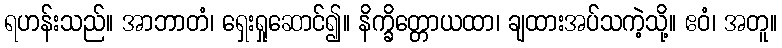
ရဟန်းသည်။ အာဘာတံ၊ ရှေးရှုဆောင်၍။ နိက္ခိတ္တောယထာ၊ ချထားအပ်သကဲ့သို့။ ဧဝံ၊ အတူ။